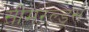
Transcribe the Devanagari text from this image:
सीमरल्ड्स